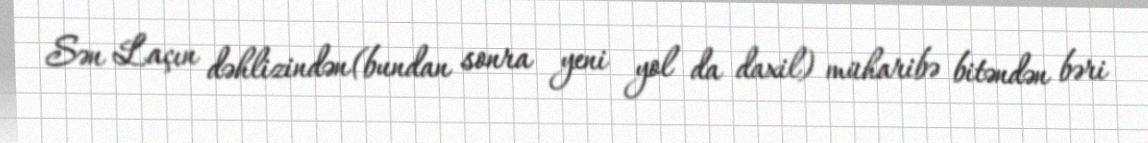
Sən Laçın dəhlizindən(bundan sonra yeni yol da daxil) müharibə bitəndən bəri